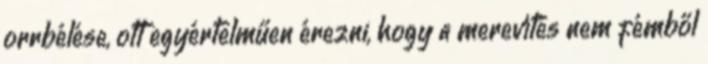
orrbélése, ott egyértelműen érezni, hogy a merevítés nem fémből